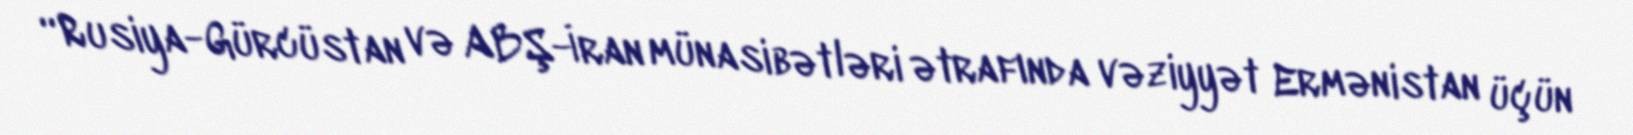
“Rusiya-Gürcüstan və ABŞ-İran münasibətləri ətrafında vəziyyət Ermənistan üçün